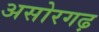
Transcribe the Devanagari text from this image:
असोरगढ़